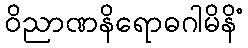
ဝိညာဏနိရောဓဂါမိနိံ